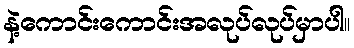
နဲ့ကောင်းကောင်းအလုပ်လုပ်မှာပါ။